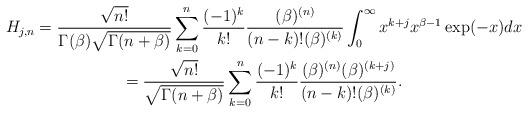
LaTeX: \begin{gather*}H_{j,n}=\frac{\sqrt{n!}}{\Gamma (\beta )\sqrt{\Gamma (n+\beta )}}\sum_{k=0}^{n}\frac{(-1)^{k}}{k!}\frac{(\beta )^{(n)}}{(n-k)!(\beta )^{(k)}}\int_{0}^{\infty }x^{k+j}x^{\beta -1}\exp (-x)dx \\=\frac{\sqrt{n!}}{\sqrt{\Gamma (n+\beta )}}\sum_{k=0}^{n}\frac{(-1)^{k}}{k!}\frac{(\beta )^{(n)}(\beta )^{(k+j)}}{(n-k)!(\beta )^{(k)}}.\end{gather*}